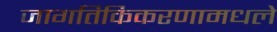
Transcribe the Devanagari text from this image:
जागतिकिकरणामधले